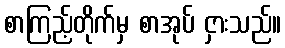
စာကြည့်တိုက်မှ စာအုပ် ငှားသည်။